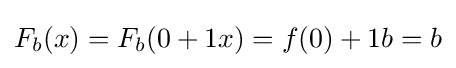
F_{b}(x)=F_{b}(0+1x)=f(0)+1b=b